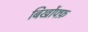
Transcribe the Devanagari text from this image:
बिर्खोफ्फ़